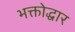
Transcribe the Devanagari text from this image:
भक्तोद्धार